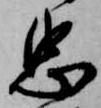
忠